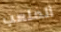
الملعب